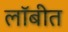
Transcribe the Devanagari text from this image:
लॉबीत